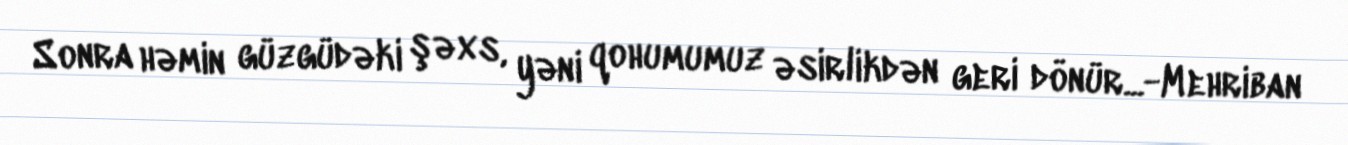
Sonra həmin güzgüdəki şəxs, yəni qohumumuz əsirlikdən geri dönür...-Mehriban